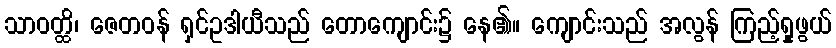
သာဝတ္ထိ၊ ဇေတဝန် ရှင်ဥဒါယီသည် တောကျောင်း၌ နေ၏။ ကျောင်းသည် အလွန် ကြည့်ရှုဖွယ်